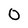
Character: O